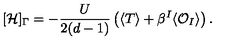
[ \mathcal { H } ] _ { \Gamma } = - \frac { U } { 2 ( d - 1 ) } \left( \langle T \rangle + \beta ^ { I } \langle \mathcal { O } _ { I } \rangle \right) .